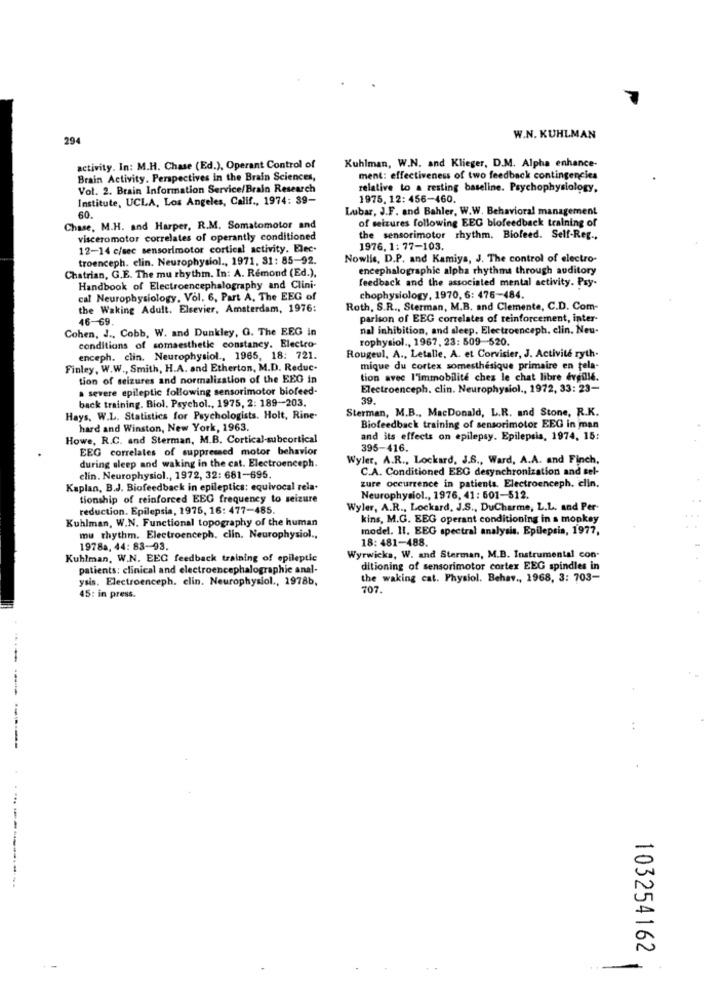
294
W.N. KUHLMAN
activity. In: M.H. Chase (Ed.), Operant Control of
Kuhlman, W.N. and Klieger, D.M. Alpha enhance-
Brain Activity. Perspectives in the Brain Sciences,
ment: effectiveness of two feedback contingencies
Vol. 2. Brain Information Service/Brain Research
relative to a resting baseline. Psychophysiology.
Institute, UCLA, Los Angeles, Calif ., 1974: 39-
1975. 12: 456-460.
Lubar, J.F. and Bahler, W.W. Behavioral management
60.
of seizures following EEG biofeedback training of
Chase, M.H. and Harper, R.M. Somatomotor and
visceromotor correlates of operantly conditioned
the sensorimotor rhythm. Biofeed. Self-Reg .,
12-14 c/sec sensorimotor cortical activity. Elec.
1976. 1: 77-103.
troenceph. elin. Neurophysiol ., 1971, 31: 85-92.
Nowlis, D.P. and Kamiya, J. The control of electro-
Chatrian, G.E. The mu rhythm. In: A. Remond (Ed.),
encephalographic alpha rhythms through auditory
feedback and the associated mental activity. Psy-
Handbook of Electroencephalography and Clini-
cal Neurophysiology, Vol. 6, Part A, The EEG of
chophysiology, 1970, 6: 476-484.
the Waking Adult. Elsevier, Amsterdam, 1976:
Roth, S.R ., Sterman, M.B. and Clemente, C.D. Com-
46-69.
parison of EEG correlates of reinforcement, inter-
Cohen, J ., Cobb, W. and Dunkley, G. The EEG in
nal inhibition, and sleep. Electroenceph, clin. Neu-
rophysiol ., 1967, 23: 509-520.
conditions of somaesthetic constancy. Electro-
enceph. clin. Neurophysiol ., 1965, 18: 721.
Rougeul, A ., Letalle, A. et Corvisier, J. Activité ryth-
Finley, W.W ., Smith, H.A. and Etherton, M.D. Reduc-
mique du cortex somesthesique primaire en tela-
tion of seizures and normalization of the EEG in
tion avec l'immobilite chez le chat libre éveillé.
a severe epileptic following sensorimotor biofeed-
Electroenceph. clin. Neurophysiol ., 1972, 33: 23-
back training. Biol. Psychol ., 1975, 2: 189-203.
39.
Sterman, M.B ., MacDonald, L.R. and Stone, R.K.
Hays, W.L. Statistics for Psychologists. Holt, Rine-
hard and Winston, New York, 1963.
Biofeedback training of sensorimotor EEG in man
Howe, R.C. and Sterman, M.B. Cortical-subcortical
and its effects on epilepsy. Epilepsia, 1974, 15:
EEG correlates of suppressed motor behavior
395-416.
Wyler, A.R ., Lockard, J.S ., Ward, A.A. and Finch,
during sleep and waking in the cat. Electroenceph.
C.A. Conditioned EEG desynchronization and sel-
clin. Neurophysiol ., 1972, 32: 681-695.
Kaplan, B.J. Biofeedback in epileptics: equivocal rela.
zure occurrence in patients. Electroenceph. clin.
tionship of reinforced EEG frequency to seizure
Neurophysiol ., 1976, 41 : 501-512.
reduction. Epilepsia, 1975, 16: 477-485.
Wyler, A.R ., Lockard, J.S ., DuCharme, L.L. and Per-
Kuhlman, W.N. Functional topography of the human
kins, M.G. EEG operant conditioning in a monkey
model. 11. EEG spectral analysis. Epilepsia, 1977,
mu thythm. Electroenceph, clin. Neurophysiol .,
18: 481-488.
1978a, 44: 83-93.
Kuhlman, W.N. EEG feedback training of epileptic
Wyrwicka, W. and Sterman, M.B. Instrumental con.
patients: clinical and electroencephalographie anal-
ditioning of sensorimotor cortex EEG spindles in
ysis. Electroenceph. clin. Neurophysiol ., 1978b,
the waking cat. Physiol. Behav ., 1968, 3: 703-
707.
45: in press.
.---
103254162
-